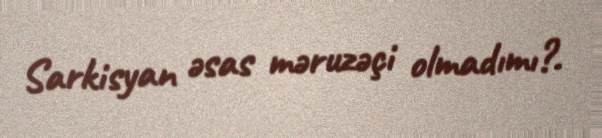
Sarkisyan əsas məruzəçi olmadımı?.